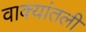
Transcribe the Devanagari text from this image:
वाक्यांतली